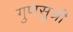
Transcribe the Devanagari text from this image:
गुणसुत्री